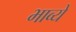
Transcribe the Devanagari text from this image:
भाव्ये